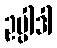
ဥပ္ပါဒါ